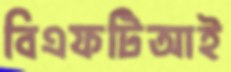
বিএফটিআই